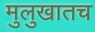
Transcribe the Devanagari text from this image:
मुलुखातच